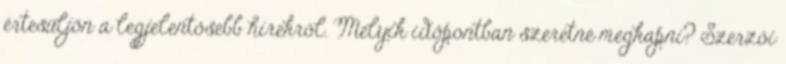
értesüljön a legjelentősebb hírekről. Melyik időpontban szeretné megkapni? Szerzői